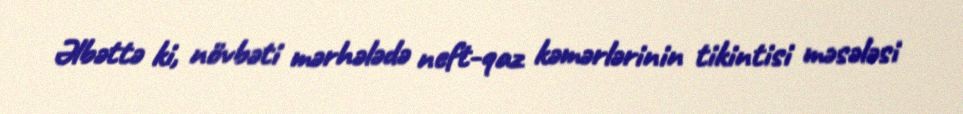
Əlbəttə ki, növbəti mərhələdə neft-qaz kəmərlərinin tikintisi məsələsi